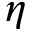
\eta